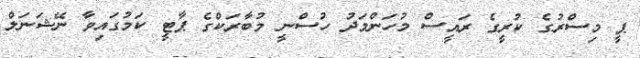
ޕީ މިސްރުގެ ކުރީގެ ރައީސް މުހަންމަދު ހުސްނީ މުބާރަކްގެ ޕާޓީ ކަމުގައިވާ ނޭޝަނަލް